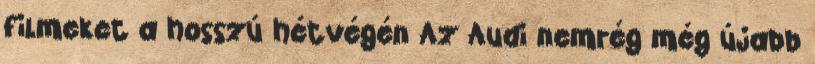
filmeket a hosszú hétvégén Az Audi nemrég még újabb